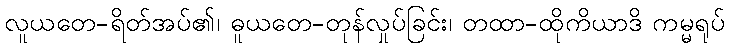
လူယတေ-ရိတ်အပ်၏၊ ဓူယတေ-တုန်လှုပ်ခြင်း၊ တထာ-ထိုကိယာဒိ ကမ္မရုပ်